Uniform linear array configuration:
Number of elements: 16
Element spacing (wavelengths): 0.25
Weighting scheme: hamming
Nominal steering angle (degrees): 15
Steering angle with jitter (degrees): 14.464
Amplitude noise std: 0.05
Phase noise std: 0.05

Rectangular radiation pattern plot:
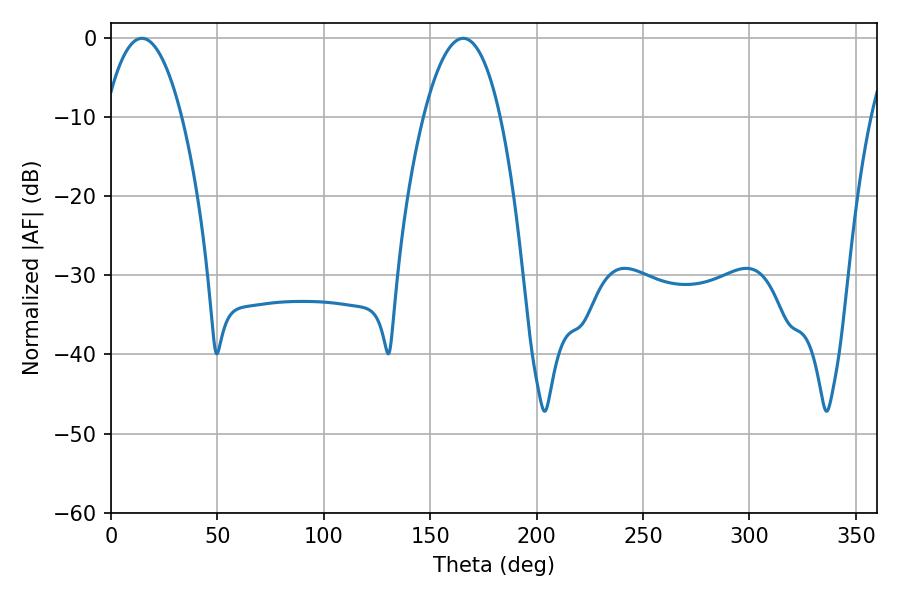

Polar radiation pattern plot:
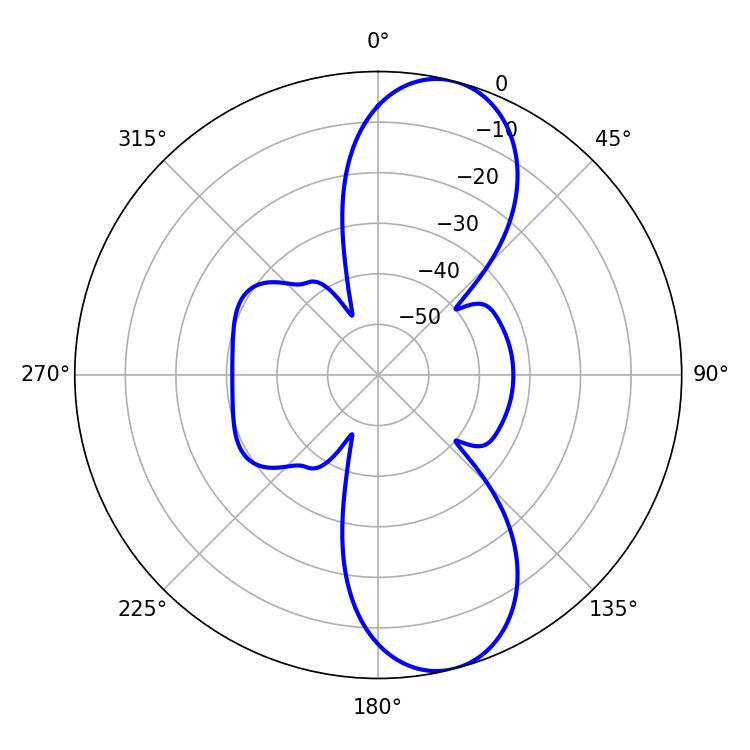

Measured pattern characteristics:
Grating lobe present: FALSE
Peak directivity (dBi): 10.254
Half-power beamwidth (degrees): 19.98
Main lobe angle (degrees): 14.58